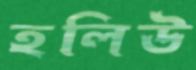
হলিউ